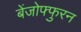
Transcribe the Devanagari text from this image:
बेंजोफ्फुरन